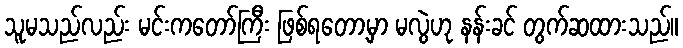
သူမသည်လည်း မင်းကတော်ကြီး ဖြစ်ရတော့မှာ မလွဲဟု နန်းခင် တွက်ဆထားသည်။